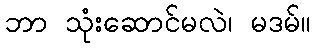
ဘာ သုံးဆောင်မလဲ၊ မဒမ်။